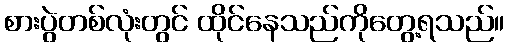
စားပွဲတစ်လုံးတွင် ထိုင်နေသည်ကိုတွေ့ရသည်။